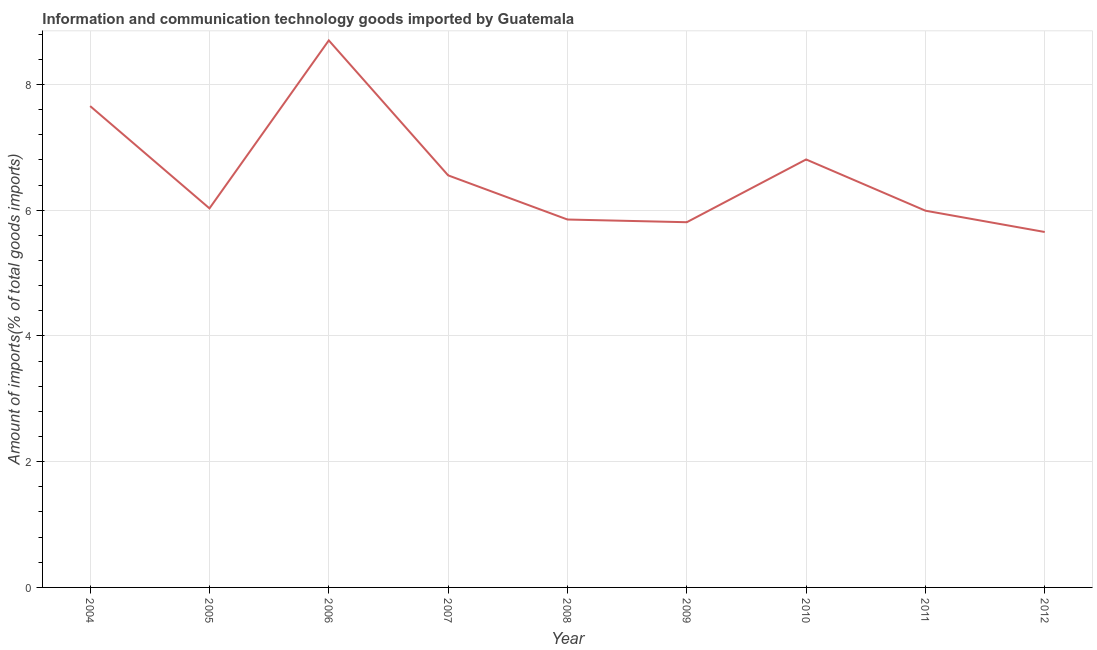
| Year | ICT goods imports |
 | --- | --- |
 | 2004 | 7.66 |
 | 2005 | 6.03 |
 | 2006 | 8.7 |
 | 2007 | 6.55 |
 | 2008 | 5.85 |
 | 2009 | 5.81 |
 | 2010 | 6.81 |
 | 2011 | 5.99 |
 | 2012 | 5.65 |